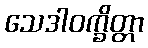
သေဒါဝက္ခိတ္တာ